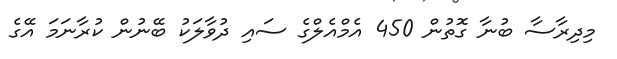
މިދިރާސާ ބުނާ ގޮތުން 450 އެމްއެލްގެ ސައި ދުވާލަކު ބޭނުން ކުރާނަމަ އޭގެ